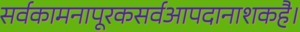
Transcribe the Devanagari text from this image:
सर्वकामनापूरकसर्वआपदानाशकहै।